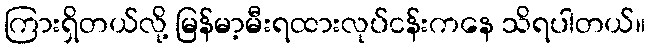
ကြားရှိတယ်လို့ မြန်မာ့မီးရထားလုပ်ငန်းကနေ သိရပါတယ်။